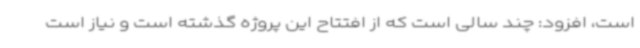
است، افزود: چند سالی است که از افتتاح این پروژه گذشته است و نیاز است